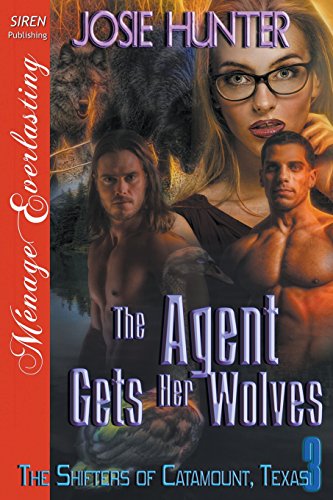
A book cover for The Agent Gets Her Wolves [The Shifters of Catamount, Texas 3] (Siren Publishing Menage Everlasting) (The Shifters of Catamount: Menage Everlasting); Josie Hunter; Romance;